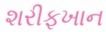
શરીફખાન